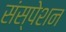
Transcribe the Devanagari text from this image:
संस्पेशन